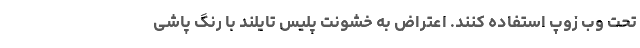
تحت وب زوپ استفاده کنند. اعتراض به خشونت پلیس تایلند با رنگ پاشی